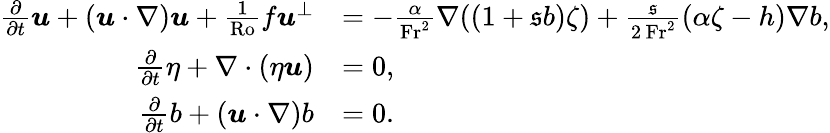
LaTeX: \begin{array}{rl}{\frac{\partial}{\partial t}\boldsymbol{u}+(\boldsymbol{u}\cdot\nabla)\boldsymbol{u}+\frac{1}{\mathrm{Ro}}f\boldsymbol{u}^{\perp}}&{=-\frac{\alpha}{\mathrm{Fr}^{2}}\nabla((1+\mathfrak{s}b)\zeta)+\frac{\mathfrak{s}}{2\, \mathrm{Fr}^{2}}(\alpha\zeta-h)\nabla b,}\\ {\frac{\partial}{\partial t}\eta+\nabla\cdot(\eta\boldsymbol{u})}&{=0,}\\ {\frac{\partial}{\partial t}b+(\boldsymbol{u}\cdot\nabla)b}&{=0.}\end{array}